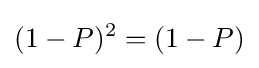
(1-P)^{2}=(1-P)